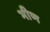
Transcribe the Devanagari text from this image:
भीण